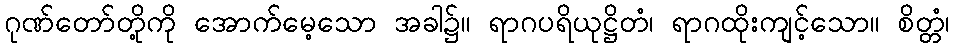
ဂုဏ်တော်တို့ကို အောက်မေ့သော အခါ၌။ ရာဂပရိယုဋ္ဌိတံ၊ ရာဂထိုးကျင့်သော။ စိတ္တံ၊